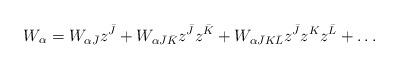
LaTeX: \begin{align*}W_{\alpha}=W_{\alpha\bar J}z^{\bar J}+W_{\alpha\bar J\bar K}z^{\bar J}z^{\bar K}+W_{\alpha\bar JK\bar L}z^{\bar J}z^Kz^{\bar L}+\dots\end{align*}